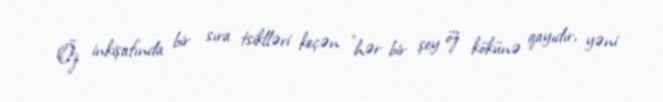
Öz inkişafında bir sıra tsiklləri keçən "hər bir şey öz kökünə qayıdır, yəni